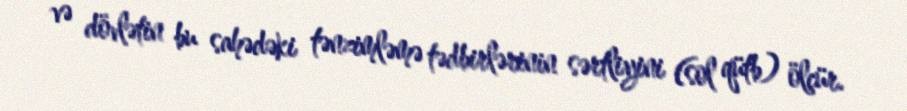
və dövlətin bu sahədəki tənzimləmə tədbirlərinin sərtliyini (sol qütb) ölçür.